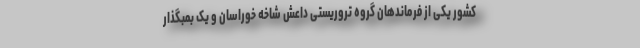
کشور یکی از فرماندهان گروه تروریستی داعش شاخه خوراسان و یک بمبگذار